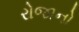
રોજાનો